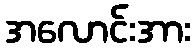
အလောင်းအား